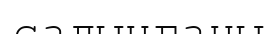
салынғаны